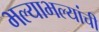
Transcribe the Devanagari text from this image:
भल्याभल्यांची